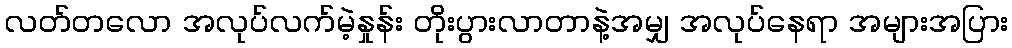
လတ်တလော အလုပ်လက်မဲ့နှုန်း တိုးပွားလာတာနဲ့အမျှ အလုပ်နေရာ အများအပြား